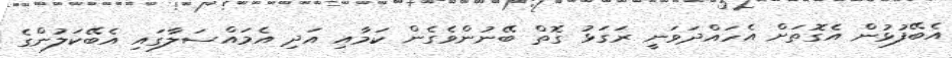
އެބޭފުޅުން އެގޮތަށް އެހައްދަވަނީ ރަގަޅު ގޮތް ބޭނުންވެގެން ކަމާއި އަދި އެމައްސަލާގައި އެބޭކަލުންގެ